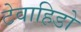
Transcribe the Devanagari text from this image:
टेवाहिडो